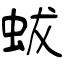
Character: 蛂